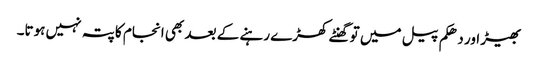
بھیڑ اور دھکم پیل میں تو گھنٹے کھڑے رہنے کے بعد بھی انجام کا پتہ نہیں ہوتا۔